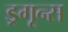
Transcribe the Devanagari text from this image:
ड्रगून्स